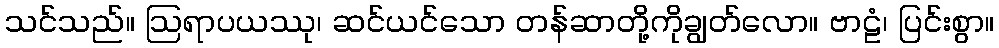
သင်သည်။ ဩရာပယဿု၊ ဆင်ယင်သော တန်ဆာတို့ကိုချွတ်လော။ ဗာဠံ၊ ပြင်းစွာ။